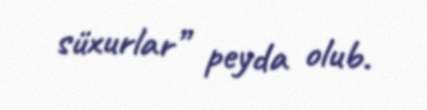
süxurlar” peyda olub.